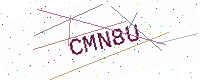
Text: CMN8U